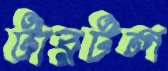
টারটল